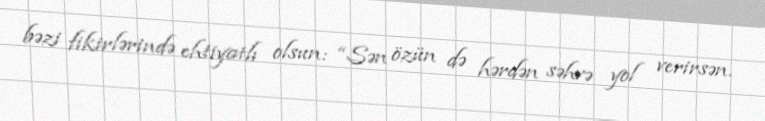
bəzi fikirlərində ehtiyatlı olsun: “Sən özün də hərdən səhvə yol verirsən.